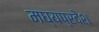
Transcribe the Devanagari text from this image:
मघ्‍यप्रदेश